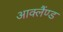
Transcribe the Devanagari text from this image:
आक्लैंण्ड